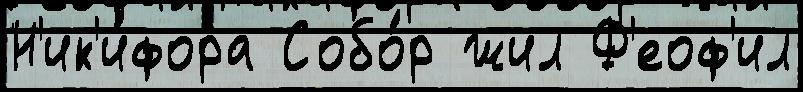
Н'ик'и́фора Собо́р жил Ф'еоф'ил